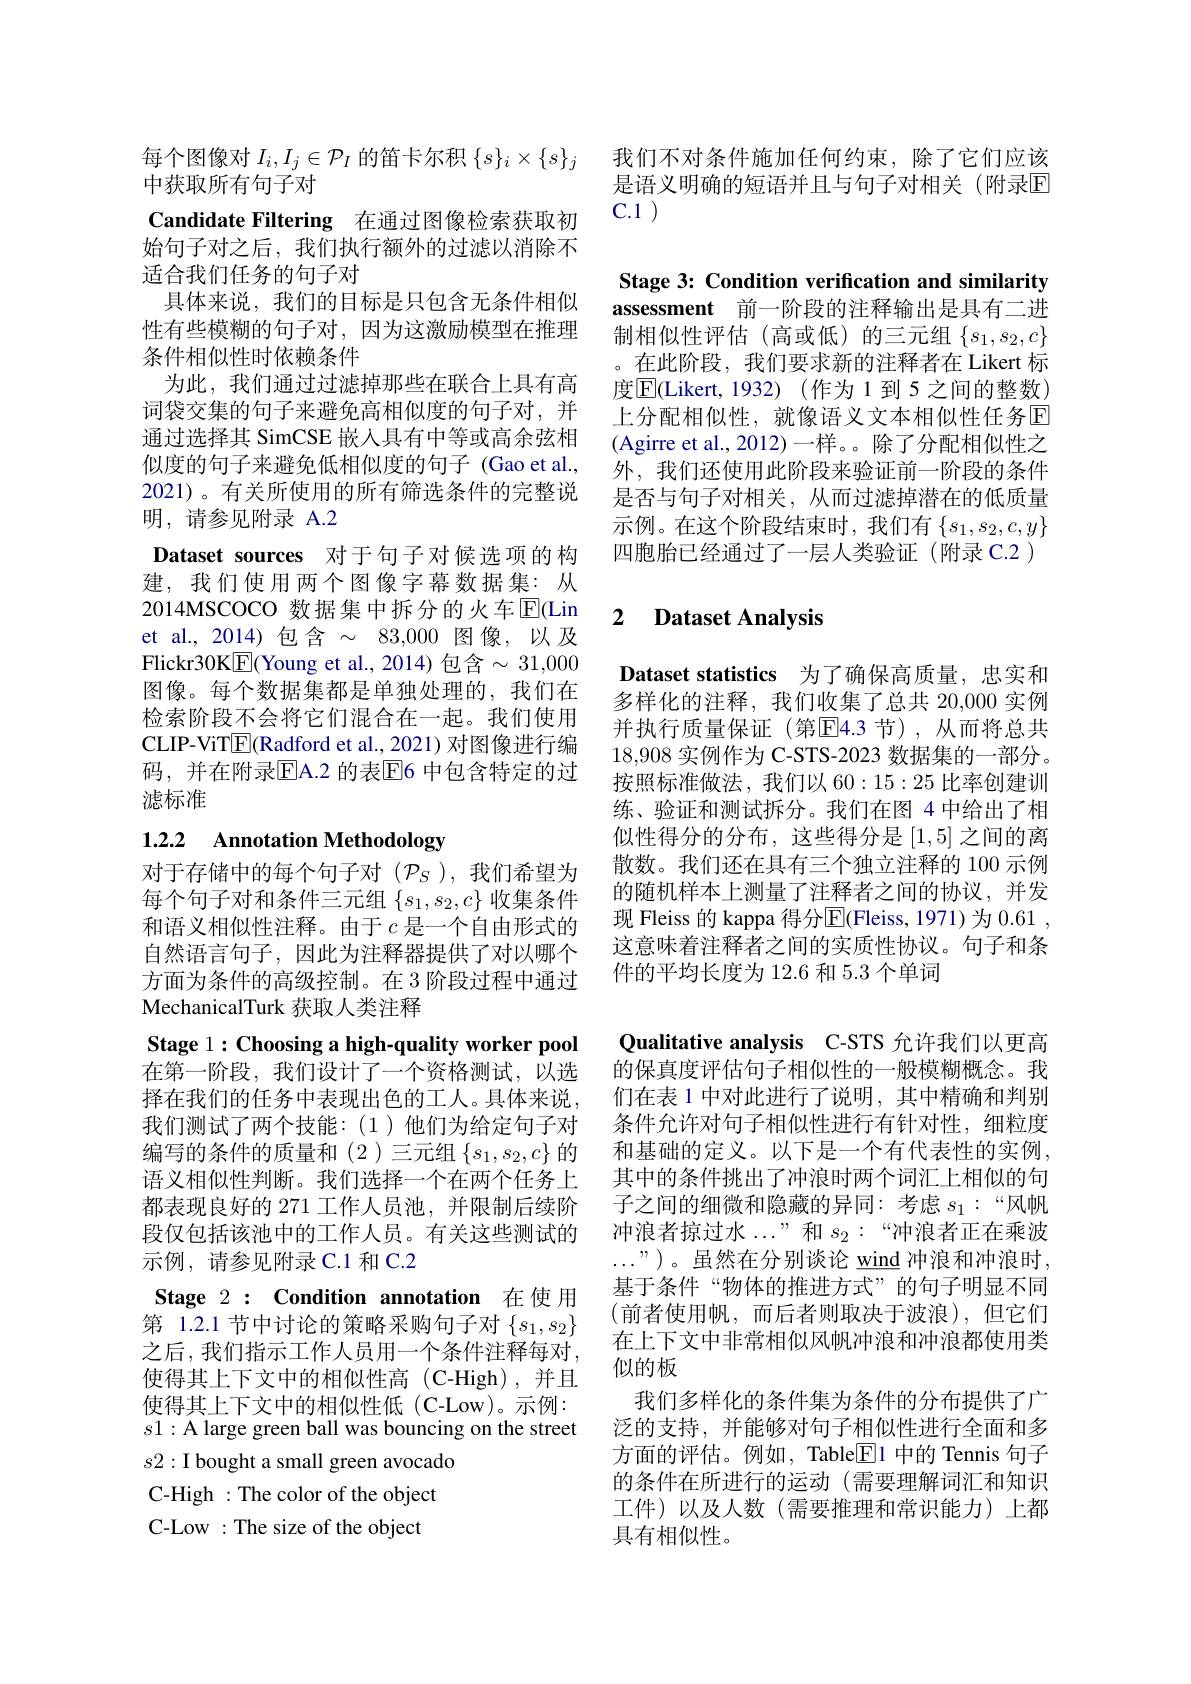
我们不对条件施加任何约束，除了它们应该是语义明确的短语并且与句子对相关(附录回$C. 1$ )

每个图像对$I_i,I_j\in\mathcal{P}_I$的笛卡尔积$\{s\}_i\times\{s\}_j$
中获取所有句子对
Candidate Filtering 在通过图像检索获取初始句子对之后，我们执行额外的过滤以消除不适合我们任务的句子对
具体来说，我们的目标是只包含无条件相似性有些模糊的句子对，因为这激励模型在推理条件相似性时依赖条件
为此，我们通过过滤掉那些在联合上具有高词袋交集的句子来避免高相似度的句子对，并通过选择其 SimCSE 嵌入具有中等或高余弦相似度的句子来避免低相似度的句子(Gao et al., 2021)。有关所使用的所有筛选条件的完整说明，请参见附录 A.2
Dataset sources 对于句子对候选项的构建，我们使用两个图像字幕数据集：从2014MSCOCO 数据集中拆分的火车$\overline{\mathrm{E}}($Lin et al.,2014)包含$\sim83,000$图像，以及Flickr30K$\boxed{\mathrm{E}}($Young et al.,2014)包含$\sim31,000$ 图像。每个数据集都是单独处理的，我们在检索阶段不会将它们混合在一起。我们使用CLIP-ViT$\underline{\mathrm{E}}($Radford et al., 2021) 对图像进行编码，并在附录$\overline{\mathrm{E}}$A.2 的表$\overline{\mathrm{E}}$6 中包含特定的过滤标准

# 1.2.2 Annotation Methodology

对于存储中的每个句子对($\mathcal{P}_S$),我们希望为每个句子对和条件三元组$\{s_1,s_2,c\}$收集条件和语义相似性注释。由于$c$是一个自由形式的自然语言句子，因此为注释器提供了对以哪个方面为条件的高级控制。在 3 阶段过程中通过MechanicalTurk 获取人类注释
Stage 1$: \textbf{Choosing a high- quality worker pool}$ 在第一阶段，我们设计了一个资格测试，以选择在我们的任务中表现出色的工人。具体来说， 我们测试了两个技能：(1)他们为给定句子对编写的条件的质量和 (2 )三元组$\{s_1,s_2,c\}$的语义相似性判断。我们选择一个在两个任务上都表现良好的 271 工作人员池，并限制后续阶段仅包括该池中的工作人员。有关这些测试的示例，请参见附录C.1 和 C.2
Stage $2: \textbf{Condition annotation}$在使用第 1.2.1 节中讨论的策略采购句子对$\{s_1,s_2\}$ 之后，我们指示工作人员用一个条件注释每对， 使得其上下文中的相似性高(C-High),并且使得其上下文中的相似性低(C-Low)。示例： $s1:{\mathrm{A~large~green~ball~was~bouncing~on~the~street}}$ $s2:$I bought a small green avocado C-High : The color of the object C-Low : The size of the object

Stage 3: Condition verification and similarity assessment 前一阶段的注释输出是具有二进制相似性评估(高或低)的三元组$\{s_1,s_2,c\}$ 。在此阶段，我们要求新的注释者在 Likert 标度$\overline{\mathrm{E}}($Likert,1932)(作为1到5之间的整数) 上分配相似性，就像语义文本相似性任务回(Agirre et al., 2012)一样。。除了分配相似性之外，我们还使用此阶段来验证前一阶段的条件是否与句子对相关，从而过滤掉潜在的低质量示例。在这个阶段结束时，我们有$\{s_1,s_2,c,y\}$ 四胞胎已经通过了一层人类验证(附录 C.2)

### 2 $\textbf{Dataset Analvsis}$

Dataset statistics 为了确保高质量，忠实和多样化的注释，我们收集了总共 20,000 实例并执行质量保证(第$\mathbb{E}$4.3节),从而将总共18,908实例作为 C-STS-2023 数据集的一部分。按照标准做法，我们以 60:15:25 比率创建训练、验证和测试拆分。我们在图 4 中给出了相似性得分的分布，这些得分是[1,5]之间的离散数。我们还在具有三个独立注释的 100 示例的随机样本上测量了注释者之间的协议，并发现 Fleiss 的 kappa 得分E(Fleiss, 1971)为 0.61 , 这意味着注释者之间的实质性协议。句子和条件的平均长度为 12.6 和 5.3 个单词

Qualitative analysis C-STS 允许我们以更高的保真度评估句子相似性的一般模糊概念。我们在表 1 中对此进行了说明，其中精确和判别条件允许对句子相似性进行有针对性，细粒度和基础的定义。以下是一个有代表性的实例， 其中的条件挑出了冲浪时两个词汇上相似的句子之间的细微和隐藏的异同：考虑$s_1:“风帆$ 冲浪者掠过水...”和$s_2:“$冲浪者正在乘波$\ldots”)$。虽然在分别谈论 wind 冲浪和冲浪时， 基于条件“物体的推进方式”的句子明显不同(前者使用帆，而后者则取决于波浪),但它们在上下文中非常相似风帆冲浪和冲浪都使用类似的板
我们多样化的条件集为条件的分布提供了广泛的支持，并能够对句子相似性进行全面和多方面的评估。例如，Table$\underline{\mathrm{E}}$1 中的 Tennis 句子的条件在所进行的运动(需要理解词汇和知识工件)以及人数(需要推理和常识能力)上都具有相似性。